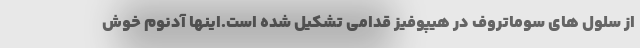
از سلول های سوماتروف در هیپوفیز قدامی تشکیل شده است.اینها آدنوم خوش